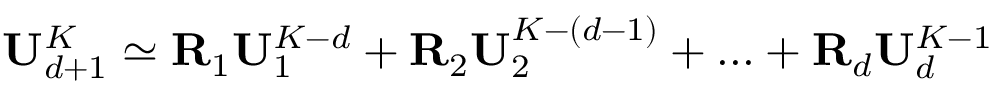
\mathbf { { U } } _ { d + 1 } ^ { K } \simeq \mathbf { { R } } _ { 1 } \mathbf { { U } } _ { 1 } ^ { K - d } + \mathbf { { R } } _ { 2 } \mathbf { { U } } _ { 2 } ^ { K - ( d - 1 ) } + . . . + \mathbf { { R } } _ { d } \mathbf { { U } } _ { d } ^ { K - 1 }